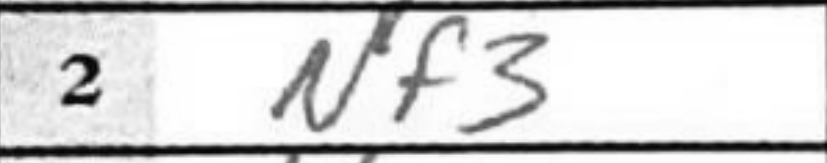
Transcription: Nf3